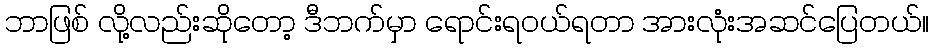
ဘာဖြစ် လို့လည်းဆိုတော့ ဒီဘက်မှာ ရောင်းရဝယ်ရတာ အားလုံးအဆင်ပြေတယ်။